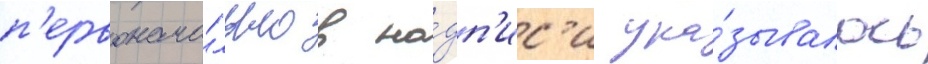
п'ервонача́льно в на́дп'ис'и ука́зывалось